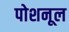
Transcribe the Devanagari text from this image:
पोशनूल